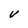
Character: V